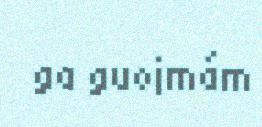
ga guojmám